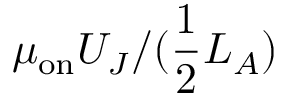
\mu _ { \mathrm { o n } } U _ { J } / ( \frac { 1 } { 2 } L _ { A } )